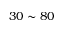
3 0 \sim 8 0